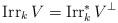
LaTeX: \begin{align*}\operatorname{Irr}_{k}V=\operatorname{Irr}_{k}^{\ast}V^{\perp}\end{align*}